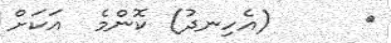
٥      (އެހިނދު) ކޮންމެ  އަކަށް